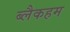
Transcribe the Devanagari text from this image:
ब्लैकहम